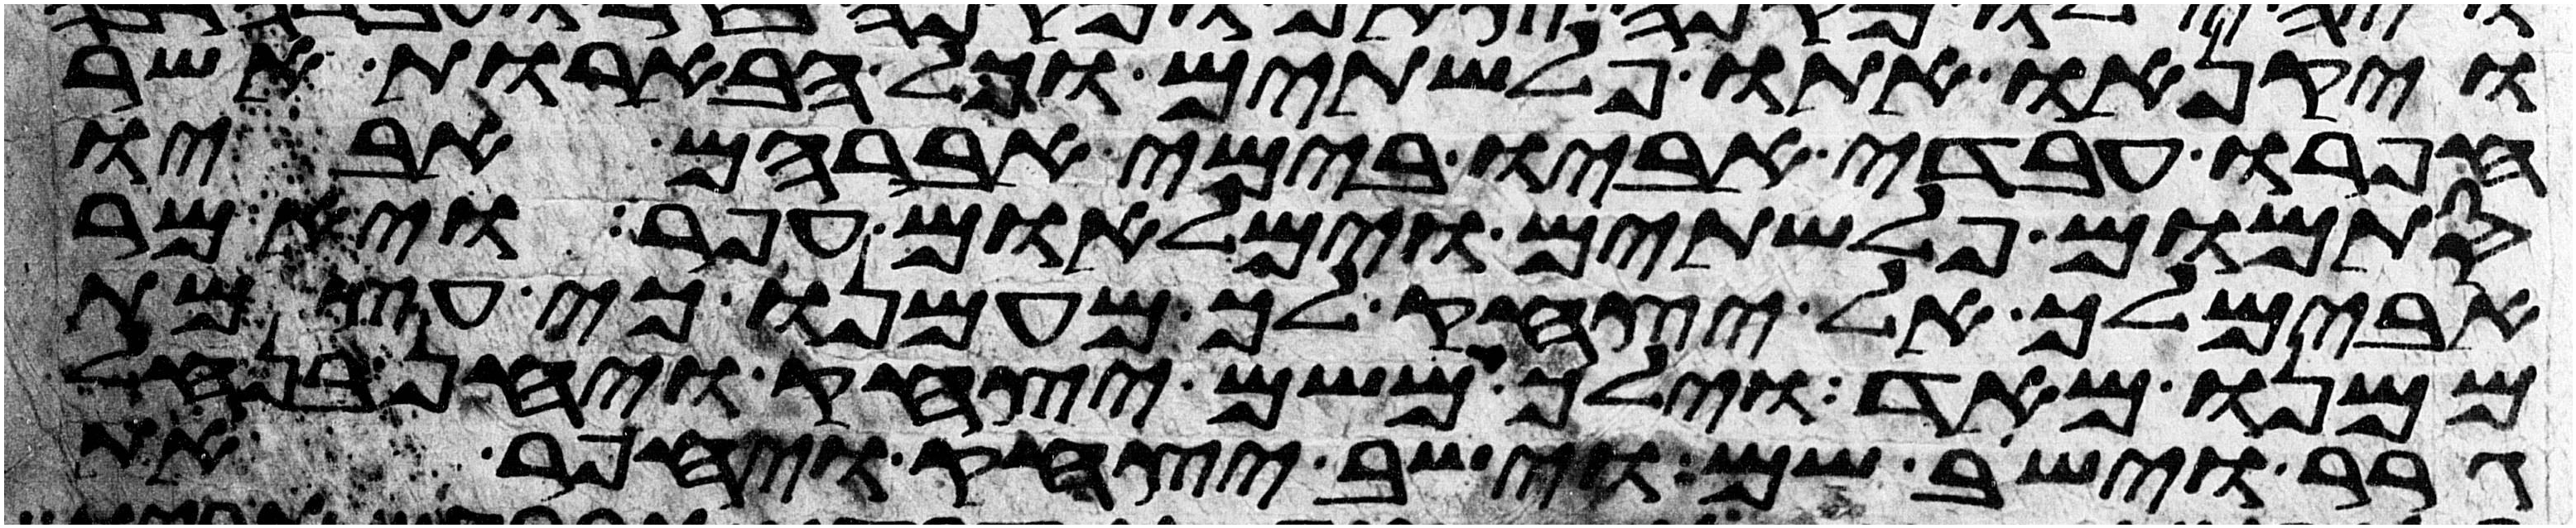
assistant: ויקנאו אתו פלשתים וכל הבארות אשר
חפרו עבדי אביו בימי אברהם אביו
סתמום פלשתים וימלאום עפר ויאמר
אבימלך אל יצחק לך מעמנו כי עצמת
ממנו מאד וילך משם יצחק ויחן בנחל
גרר וישב שם וישב יצחק ויחפר את